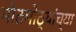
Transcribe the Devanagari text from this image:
मोठमोठ्यांच्या